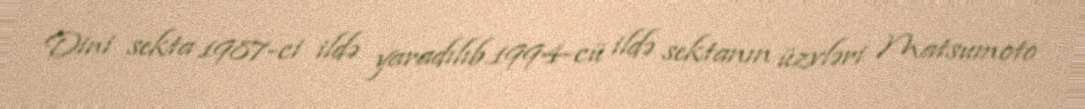
Dini sekta 1987-ci ildə yaradılıb.1994-cü ildə sektanın üzvləri Matsumoto